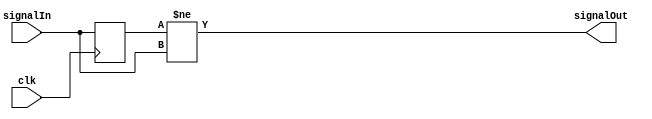
module syncToggle(input clk, input signalIn, output signalOut);

	reg internal_in;
	
	always @(posedge clk) begin
		internal_in <= signalIn;
	end
	
	assign signalOut = (internal_in != signalIn);

endmodule